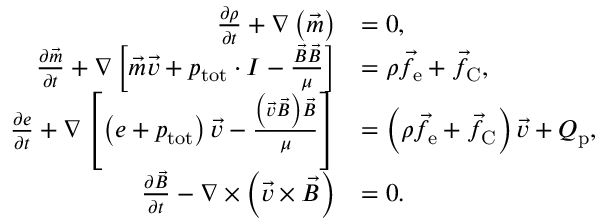
\begin{array} { r l } { \frac { \partial \rho } { \partial t } + \nabla \left( \vec { m } \right) } & { = 0 , } \\ { \frac { \partial \vec { m } } { \partial t } + \nabla \left[ \vec { m } \vec { v } + p _ { \mathrm { t o t } } \cdot I - \frac { \vec { B } \vec { B } } { \mu } \right] } & { = \rho \vec { f } _ { \mathrm { e } } + \vec { f } _ { \mathrm { C } } , } \\ { \frac { \partial e } { \partial t } + \nabla \left[ \left( e + p _ { \mathrm { t o t } } \right) \vec { v } - \frac { \left( \vec { v } \vec { B } \right) \vec { B } } { \mu } \right] } & { = \left( \rho \vec { f } _ { \mathrm { e } } + \vec { f } _ { \mathrm { C } } \right) \vec { v } + Q _ { \mathrm { p } } , } \\ { \frac { \partial \vec { B } } { \partial t } - \nabla \times \left( \vec { v } \times \vec { B } \right) } & { = 0 . } \end{array}